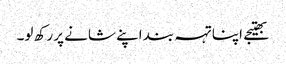
بھتیجے اپنا تہہ بند اپنے شانے پر رکھ لو۔